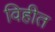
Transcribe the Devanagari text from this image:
विहीत